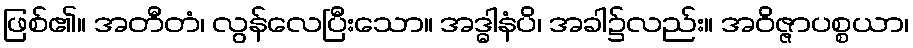
ဖြစ်၏။ အတီတံ၊ လွန်လေပြီးသော။ အဒ္ဓါနံပိ၊ အခါ၌လည်း။ အဝိဇ္ဇာပစ္စယာ၊